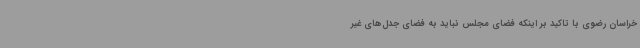
خراسان رضوی با تاکید بر اینکه فضای مجلس نباید به فضای جدل‌های غیر